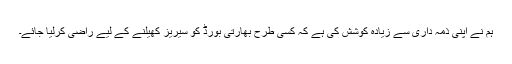
ہم نے اپنی ذمہ داری سے زیادہ کوشش کی ہے کہ کسی طرح بھارتی بورڈ کو سیریز کھیلنے کے لیے راضی کرلیا جائے۔